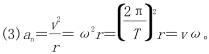
$(3)a_{n}=\frac {v^{2}}{r}=\omega ^{2}r=(\frac {2\pi }{T})^{2}r=v\omega 。$